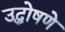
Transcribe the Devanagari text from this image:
उद्घोषणे